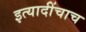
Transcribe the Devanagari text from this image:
इत्यादींचाच